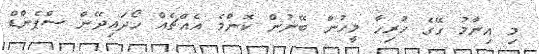
މި އިނާމު ގޭގެ ހުރިހާ މީހުން ބޭނުން ކޮންމެ އެއްޗެއް ހޯދައިދޭން ސްޕެންޑް